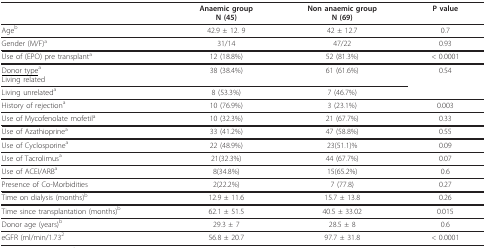
|  | Anaemic groupN (45) | Non anaemic groupN (69) | P value |
 | --- | --- | --- | --- |
 | Ageb | 42.9 ± 12. 9 | 42 ± 12.7 | 0.7 |
 | Gender (M/F)a | 31/14 | 47/22 | 0.93 |
 | Use of (EPO) pre transplanta | 12 (18.8%) | 52 (81.3%) | < 0.0001 |
 | <underline>Donor type</underline>aLiving related | 38 (38.4%) | 61 (61.6%) | 0.54 |
 | Living unrelateda | 8 (53.3%) | 7 (46.7%) |  |
 | History of rejectiona | 10 (76.9%) | 3 (23.1%) | 0.003 |
 | Use of Mycofenolate mofetila | 10 (32.3%) | 21 (67.7%) | 0.33 |
 | Use of Azathioprinea | 33 (41.2%) | 47 (58.8%) | 0.55 |
 | Use of Cyclosporinea | 22 (48.9%) | 23(51.1)% | 0.09 |
 | Use of Tacrolimusa | 21(32.3%) | 44 (67.7%) | 0.07 |
 | Use of ACEI/ARBa | 8(34.8%) | 15(65.2%) | 0.6 |
 | Presence of Co-Morbidities | 2(22.2%) | 7 (77.8) | 0.27 |
 | Time on dialysis (months)b | 12.9 ± 11.6 | 15.7 ± 13.8 | 0.26 |
 | Time since transplantation (months)b | 62.1 ± 51.5 | 40.5 ± 33.02 | 0.015 |
 | Donor age (years)b | 29.3 ± 7 | 28.5 ± 8 | 0.6 |
 | eGFR (ml/min/1.732 | 56.8 ± 20.7 | 97.7 ± 31.8 | < 0.0001 |